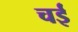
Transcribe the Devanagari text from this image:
चई